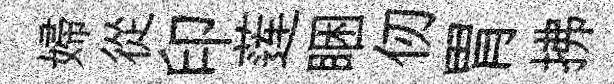
婦從印莲睏仞胃拂